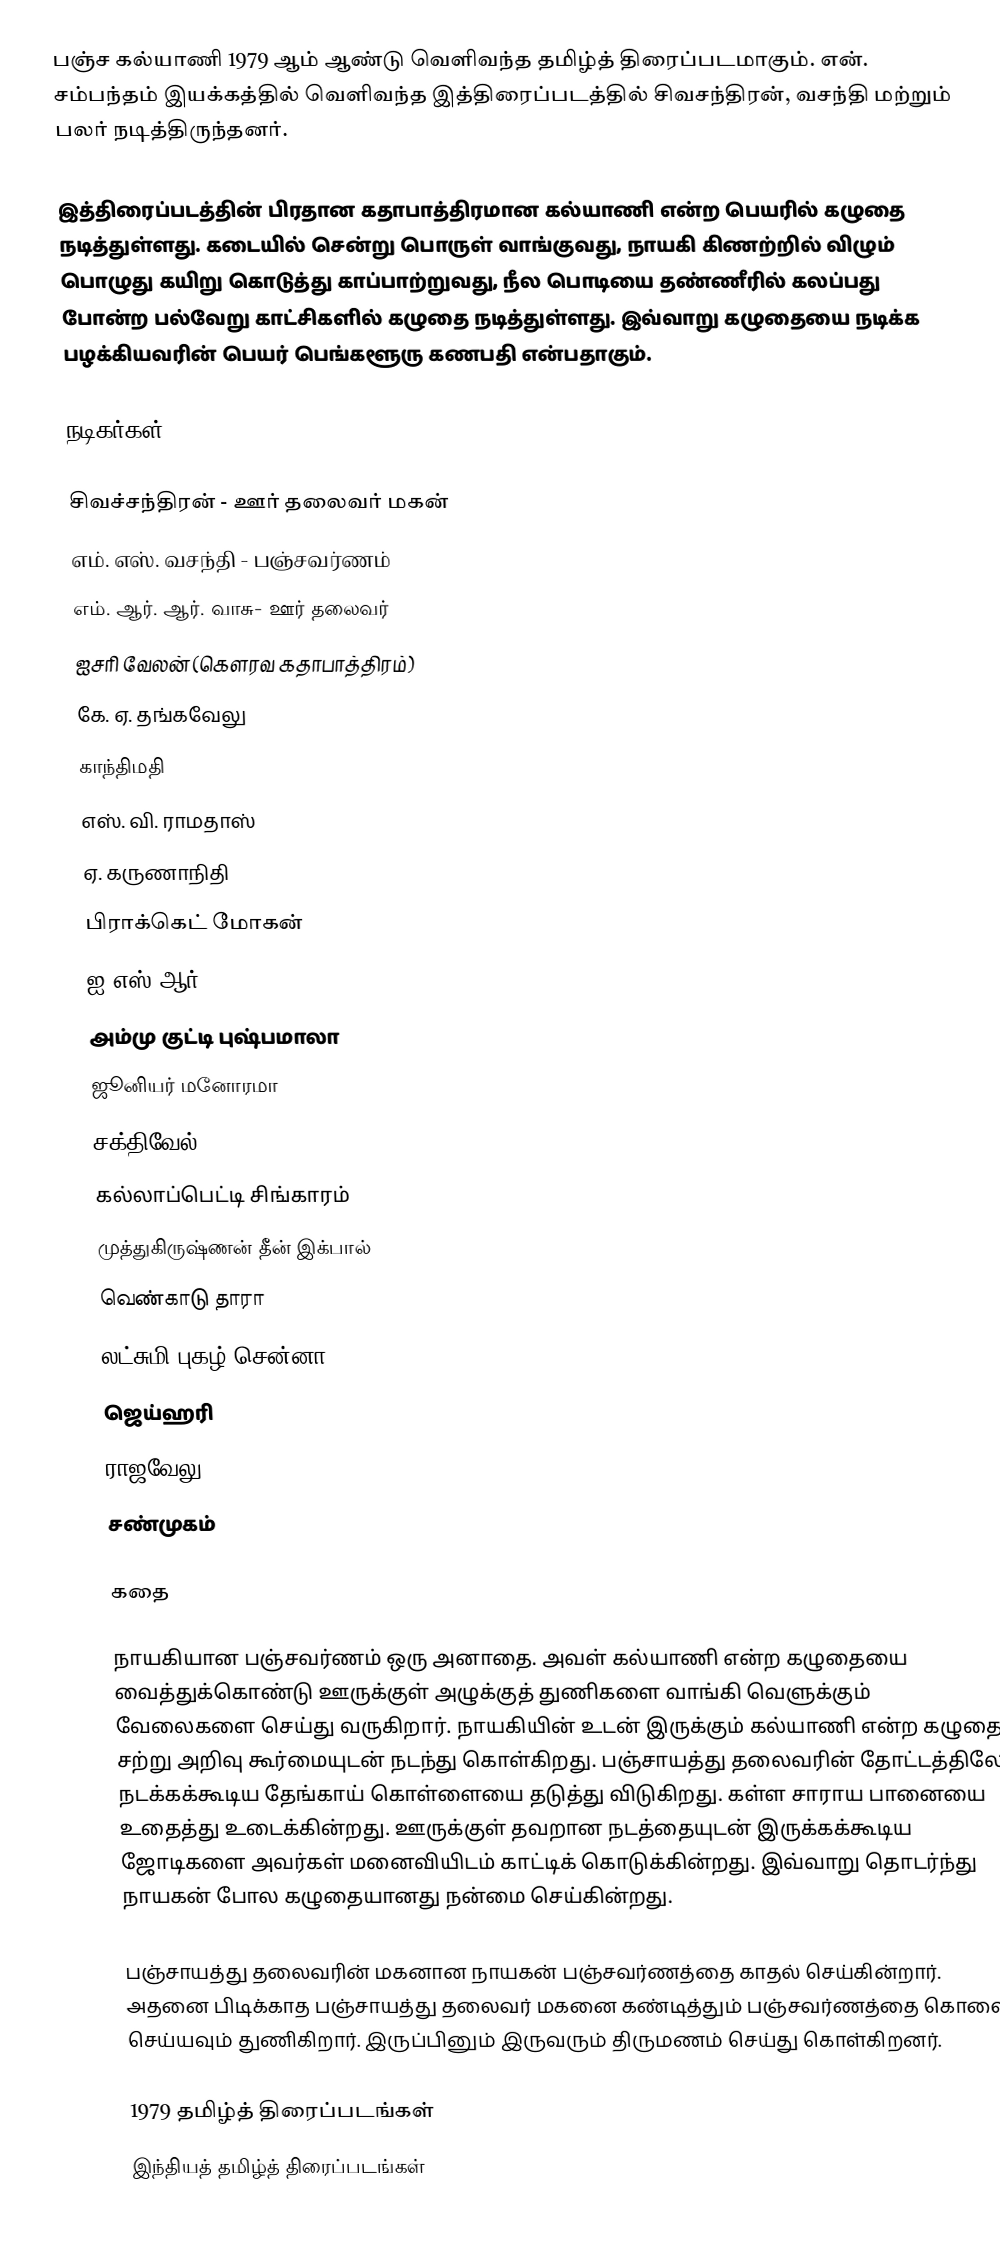
பஞ்ச கல்யாணி 1979 ஆம் ஆண்டு வெளிவந்த தமிழ்த் திரைப்படமாகும். என். சம்பந்தம் இயக்கத்தில் வெளிவந்த இத்திரைப்படத்தில் சிவசந்திரன், வசந்தி மற்றும் பலர் நடித்திருந்தனர்.

இத்திரைப்படத்தின் பிரதான கதாபாத்திரமான  கல்யாணி என்ற பெயரில் கழுதை நடித்துள்ளது. கடையில் சென்று பொருள் வாங்குவது, நாயகி கிணற்றில் விழும் பொழுது கயிறு கொடுத்து காப்பாற்றுவது, நீல பொடியை தண்ணீரில் கலப்பது போன்ற பல்வேறு காட்சிகளில் கழுதை நடித்துள்ளது. இவ்வாறு கழுதையை நடிக்க பழக்கியவரின் பெயர் பெங்களூரு கணபதி என்பதாகும்.

நடிகர்கள்

 சிவச்சந்திரன் - ஊர் தலைவர் மகன்
 எம். எஸ். வசந்தி - பஞ்சவர்ணம்
 எம். ஆர். ஆர். வாசு- ஊர் தலைவர்
 ஐசரி வேலன் (கௌரவ கதாபாத்திரம்)
 கே. ஏ. தங்கவேலு
 காந்திமதி
 எஸ். வி. ராமதாஸ்
 ஏ. கருணாநிதி
 பிராக்கெட் மோகன்
 ஐ எஸ் ஆர்
 அம்மு குட்டி புஷ்பமாலா
 ஜூனியர் மனோரமா
 சக்திவேல்
 கல்லாப்பெட்டி சிங்காரம்
 முத்துகிருஷ்ணன் தீன் இக்பால்
 வெண்காடு தாரா
 லட்சுமி புகழ் சென்னா
 ஜெய்ஹரி
 ராஜவேலு
 சண்முகம்

கதை

நாயகியான பஞ்சவர்ணம் ஒரு அனாதை. அவள் கல்யாணி என்ற கழுதையை வைத்துக்கொண்டு ஊருக்குள் அழுக்குத் துணிகளை வாங்கி வெளுக்கும் வேலைகளை செய்து வருகிறார். நாயகியின் உடன் இருக்கும் கல்யாணி என்ற கழுதை சற்று அறிவு கூர்மையுடன் நடந்து கொள்கிறது. பஞ்சாயத்து தலைவரின் தோட்டத்திலே நடக்கக்கூடிய தேங்காய் கொள்ளையை தடுத்து விடுகிறது. கள்ள சாராய பானையை உதைத்து உடைக்கின்றது. ஊருக்குள் தவறான நடத்தையுடன் இருக்கக்கூடிய ஜோடிகளை அவர்கள் மனைவியிடம் காட்டிக் கொடுக்கின்றது. இவ்வாறு தொடர்ந்து நாயகன் போல கழுதையானது நன்மை செய்கின்றது.

பஞ்சாயத்து தலைவரின் மகனான நாயகன் பஞ்சவர்ணத்தை காதல் செய்கின்றார். அதனை பிடிக்காத பஞ்சாயத்து தலைவர் மகனை கண்டித்தும் பஞ்சவர்ணத்தை கொலை செய்யவும் துணிகிறார். இருப்பினும் இருவரும் திருமணம் செய்து கொள்கிறனர்.

1979 தமிழ்த் திரைப்படங்கள்
இந்தியத் தமிழ்த் திரைப்படங்கள்